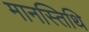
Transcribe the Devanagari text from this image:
मानस्तिथि